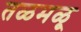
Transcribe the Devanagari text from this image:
तळमळू